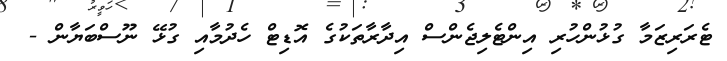
ޓެރަރިޒަމާ ގުޅުންހުރި އިންޓެލިޖެންސް އިދާރާތަކުގެ އޮޑިޓް ހެދުމާއި ގުޅޭ ނޫސްބަޔާން -